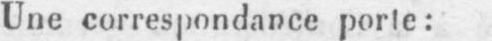
Une correspondance porte: